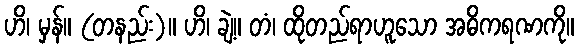
ဟိ၊ မှန်။ (တနည်း)။ ဟိ၊ ချဲ့။ တံ၊ ထိုတည်ရာဟူသော အဓိကရဏကို။